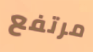
مرتفع